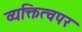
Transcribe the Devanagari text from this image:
व्यक्तित्वपर